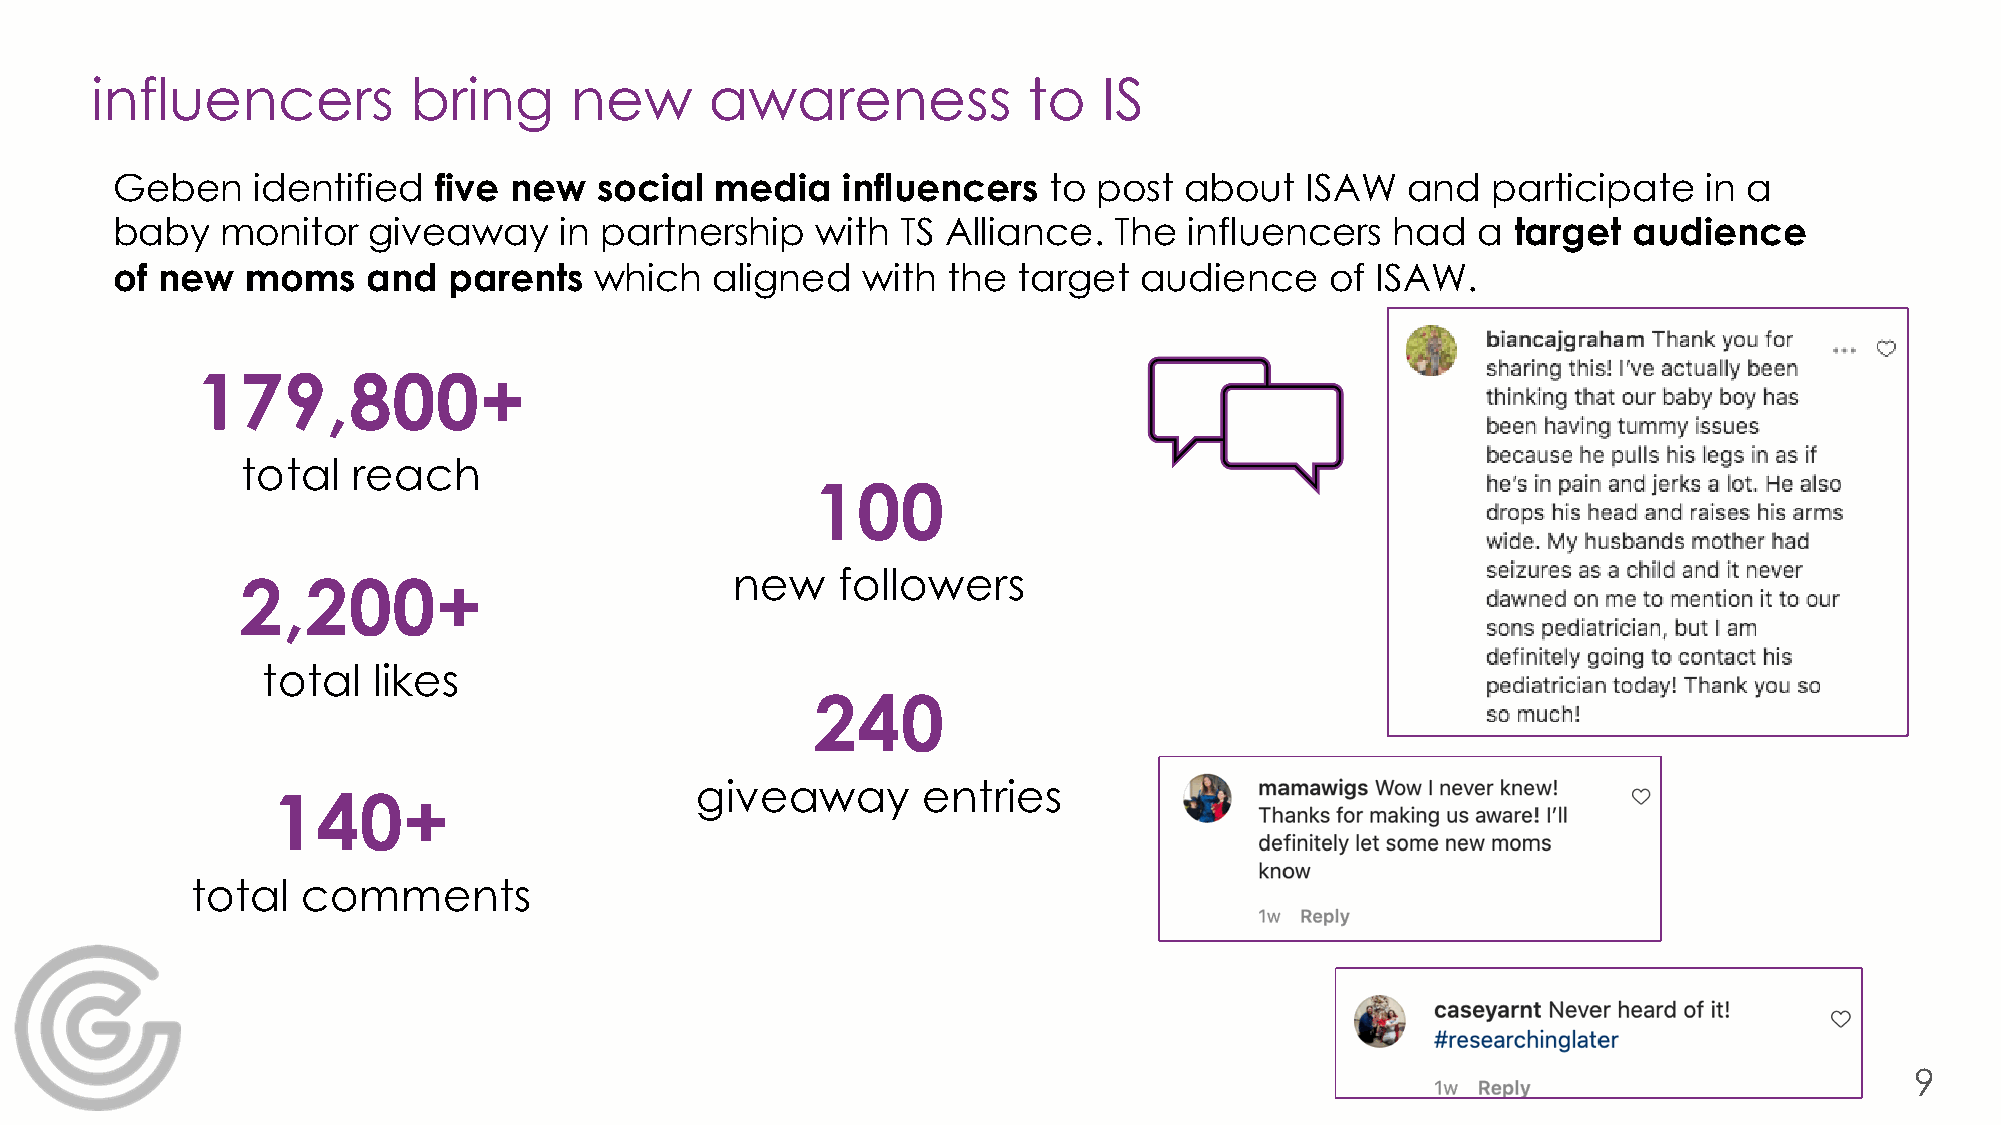
influencers          bring      new      awareness            to   IS
 Geben     identified  five new  social  media    influencers  to  post about   ISAW   and   participate   in a
 baby    monitor  giveaway     in partnership   with  TS Alliance.  The  influencers  had   a target  audience
 of new   moms    and   parents  which   aligned   with  the target  audience     of ISAW.
 179,800+
 total  reach
 100
 new   followers
 2,200+
 total   likes
 240
 giveaway       entries
 140+
 total  comments
 9